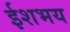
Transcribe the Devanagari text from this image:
ईशभय